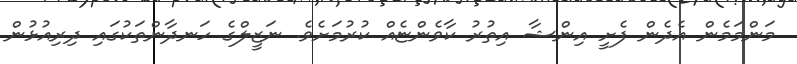
މަންމަމެން އެދެން ފެށީ އިންޝާ އިތުރު ކާވެންޏެއް ކުރުމަށެވެ. ނަޒީލްގެ ހަނދާންތަކުގައި ދިރިއުޅުން